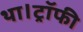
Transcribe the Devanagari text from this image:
था।ट्रॉफी